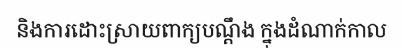
និងការដោះស្រាយពាក្យបណ្តឹង ក្នុងដំណាក់កាល